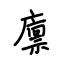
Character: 廪